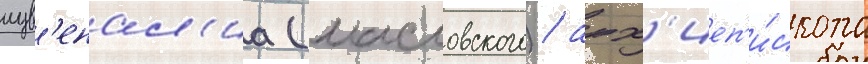
иув'енал'иа (масловского) / арх'иеп'и́скопа